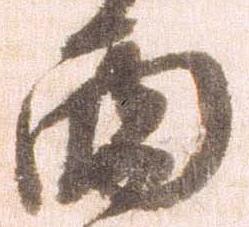
西